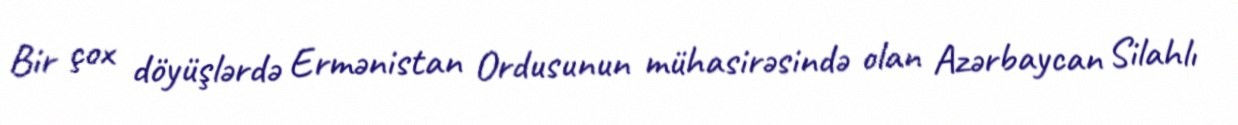
Bir çox döyüşlərdə Ermənistan Ordusunun mühasirəsində olan Azərbaycan Silahlı